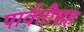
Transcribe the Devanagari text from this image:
पार्वतीसह